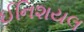
ઈનિશયલ